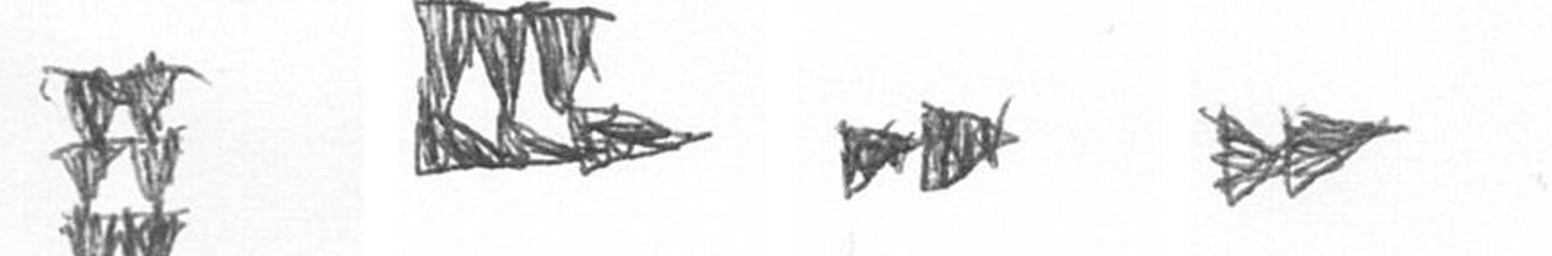
Y D A A